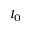
I _ { 0 }